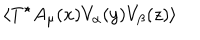
LaTeX: \langle T ^ { \star } A _ { \mu } ( x ) V _ { \alpha } ( y ) V _ { \beta } ( z ) \rangle